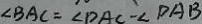
\angle B A C = \angle D A C - \angle D A B